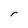
Character: r